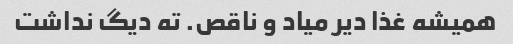
همیشه غذا دیر میاد و ناقص. ته دیگ نداشت